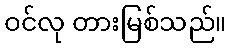
ဝင်လု တားမြစ်သည်။